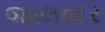
જાલવદર